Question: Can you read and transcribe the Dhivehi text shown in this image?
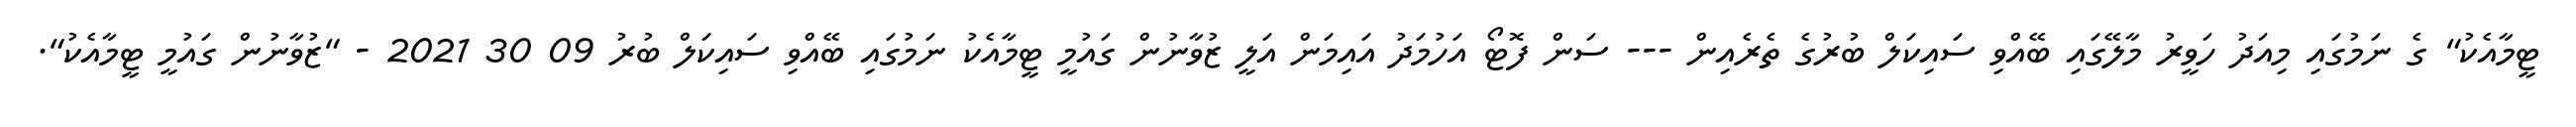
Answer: ޓީމާއެކު" ގެ ނަމުގައި މިއަދު ހަވީރު މާލޭގައި ބޭއްވި ސައިކަލް ބުރުގެ ތެރެއިން --- ސަން ފޮޓޯ އަހުމަދު އައިމަން އަލީ ޒުވާނުން ގައުމީ ޓީމާއެކު ނަމުގައި ބޭއްވި ސައިކަލް ބުރު 09 30 2021 - "ޒުވާނުން ގައުމީ ޓީމާއެކު".